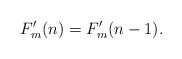
\begin{align*}F'_m(n)=F'_m(n-1).\end{align*}